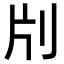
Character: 𠛁